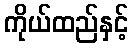
ကိုယ်ထည်နှင့်